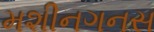
મશીનગનસ